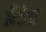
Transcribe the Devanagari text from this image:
ब्रँडेड